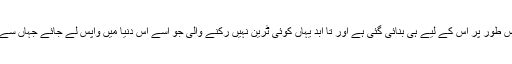
یہ دنیا خاص طور پر اس کے لیے ہی بنائی گئی ہے اور تا ابد یہاں کوئی ٹرین نہیں رکنے والی جو اسے اس دنیا میں واپس لے جائے جہاں سے وہ آیا ہے۔